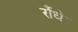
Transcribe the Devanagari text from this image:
रौंधे